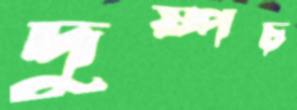
দুষ্পচ